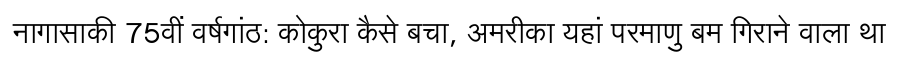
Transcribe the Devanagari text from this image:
नागासाकी 75वीं वर्षगांठ: कोकुरा कैसे बचा, अमरीका यहां परमाणु बम गिराने वाला था